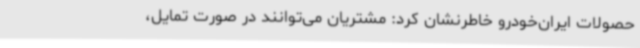
حصولات ایران‌خودرو خاطرنشان کرد: مشتریان می‌توانند در صورت تمایل،